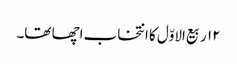
۱۲ ربیع الاوّل کا انتخاب اچھا تھا۔